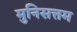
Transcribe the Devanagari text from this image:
मुनिसत्तम